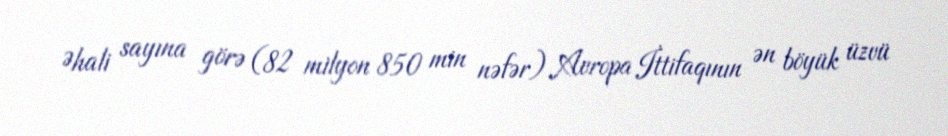
Əhali sayına görə (82 milyon 850 min nəfər) Avropa İttifaqının ən böyük üzvü